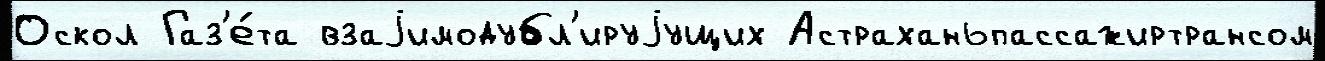
Оскол Газ'е́та взаjимодубл'ируjущих Астраханьпассажиртрансом